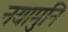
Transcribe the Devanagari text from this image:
नयामुनि